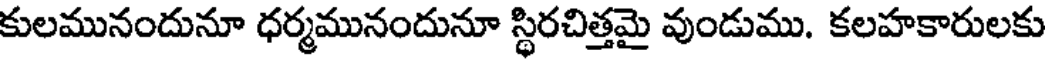
కులమునందునూ ధర్మమునందునూ స్థిరచిత్తమై వుండుము. కలహకారులకు